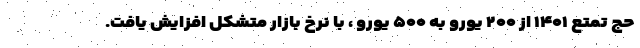
حج تمتع ۱۴۰۱ از ۲۰۰ یورو به ۵۰۰ یورو ، با نرخ بازار متشکل افزایش یافت.